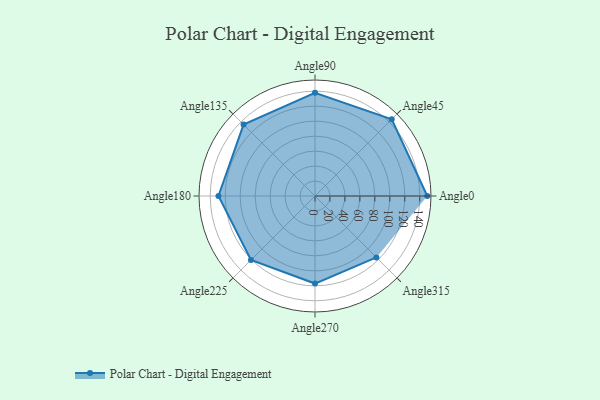
{"axis": {"x": "Angle", "y": "Radius"}, "legend": [""], "data": [{"x": "Angle0", "y": 150.0, "type": ""}, {"x": "Angle45", "y": 145.0, "type": ""}, {"x": "Angle90", "y": 138.0, "type": ""}, {"x": "Angle135", "y": 135.0, "type": ""}, {"x": "Angle180", "y": 129.0, "type": ""}, {"x": "Angle225", "y": 121.0, "type": ""}, {"x": "Angle270", "y": 117.0, "type": ""}, {"x": "Angle315", "y": 116.0, "type": ""}]}